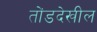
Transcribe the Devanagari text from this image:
तोंडदेखील